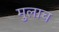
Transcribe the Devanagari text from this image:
मुलाच